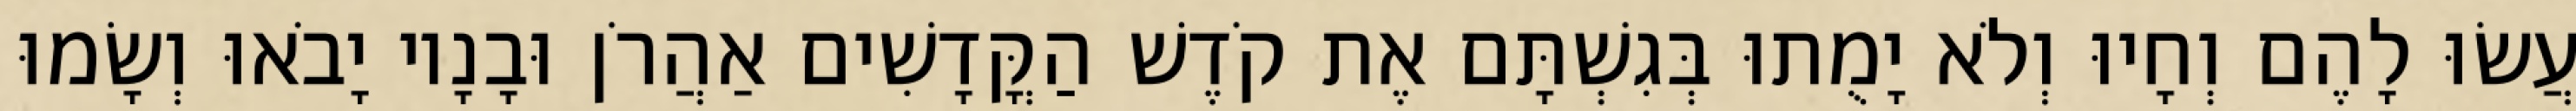
עֲשׂוּ לָהֶם וְחָיוּ וְלֹא יָמֻתוּ בְּגִשְׁתָּם אֶת קֹדֶשׁ הַקֳּדָשִׁים אַהֲרֹן וּבָנָיו יָבֹאוּ וְשָׂמוּ